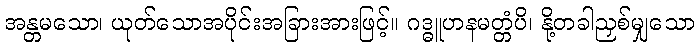
အန္တမသော၊ ယုတ်သောအပိုင်းအခြားအားဖြင့်။ ဂဒ္ဓူဟနမတ္တံပိ၊ နို့တခါညှစ်မျှသော